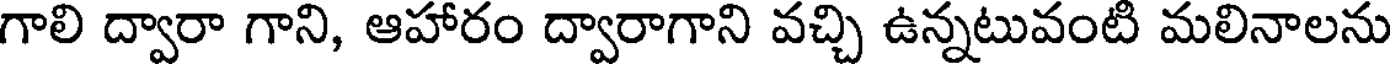
గాలి ద్వారా గాని, ఆహారం ద్వారాగాని వచ్చి ఉన్నటువంటి మలినాలను